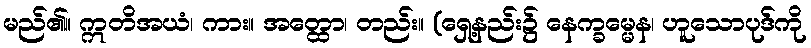
မည်၏။ ဣတိအယံ၊ ကား။ အတ္ထော၊ တည်း။ (ရှေ့နည်း၌ နေက္ခမ္မေန၊ ဟူသောပုဒ်ကို